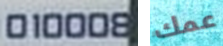
010008 عمك